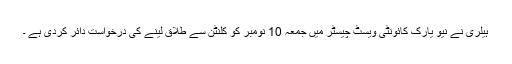
ہیلری نے نیو یارک کائونٹی ویسٹ چیسٹر میں جمعہ 10 نومبر کو کلنٹن سے طلاق لینے کی درخواست دائر کردی ہے ۔